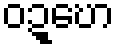
ဝဍ္ဎော